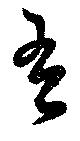
吾